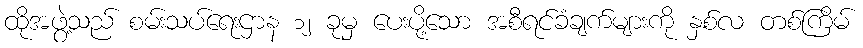
ထိုအဖွဲ့သည် စမ်းသပ်ရေးဌာန ၁၂ ခုမှ ပေးပို့သော အစီရင်ခံချက်များကို နှစ်လ တစ်ကြိမ်